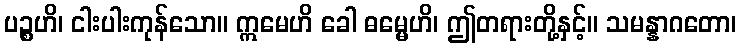
ပဉ္စဟိ၊ ငါးပါးကုန်သော။ ဣမေဟိ ခေါ ဓမ္မေဟိ၊ ဤတရားတို့နှင့်။ သမန္နာဂတော၊